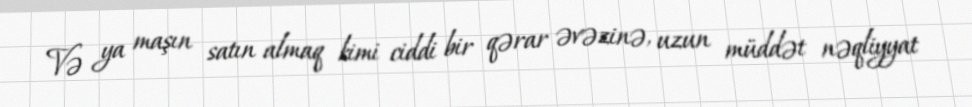
Və ya maşın satın almaq kimi ciddi bir qərar əvəzinə, uzun müddət nəqliyyat